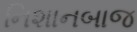
નિશાનબાજ